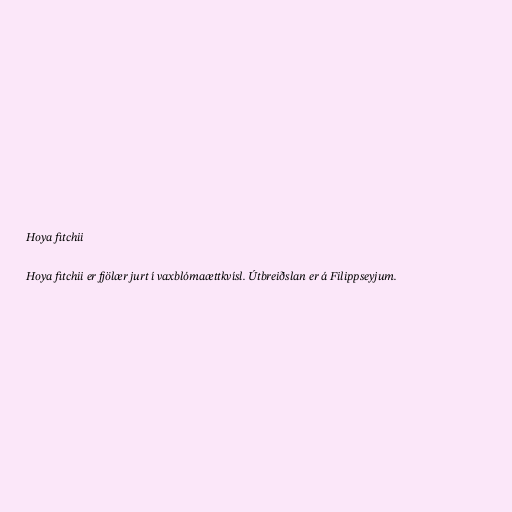
Hoya fitchii

Hoya fitchii er fjölær jurt í vaxblómaættkvísl. Útbreiðslan er á Filippseyjum.